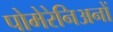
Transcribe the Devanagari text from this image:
पोमेरेनिअनों